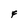
Character: F